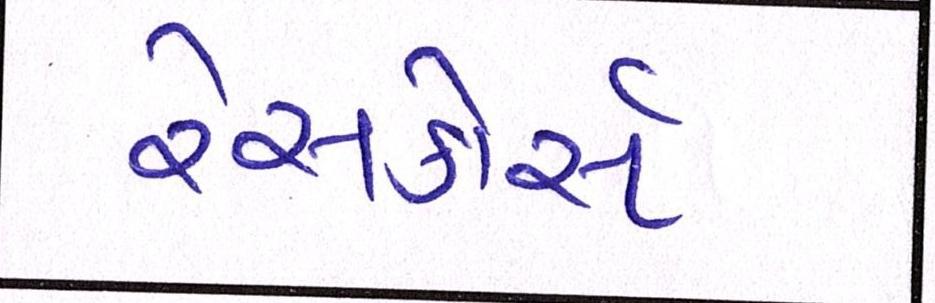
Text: રેસકોર્સ